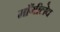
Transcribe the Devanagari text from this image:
माँगीलेव